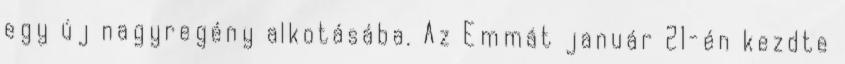
egy új nagyregény alkotásába. Az Emmát január 21-én kezdte